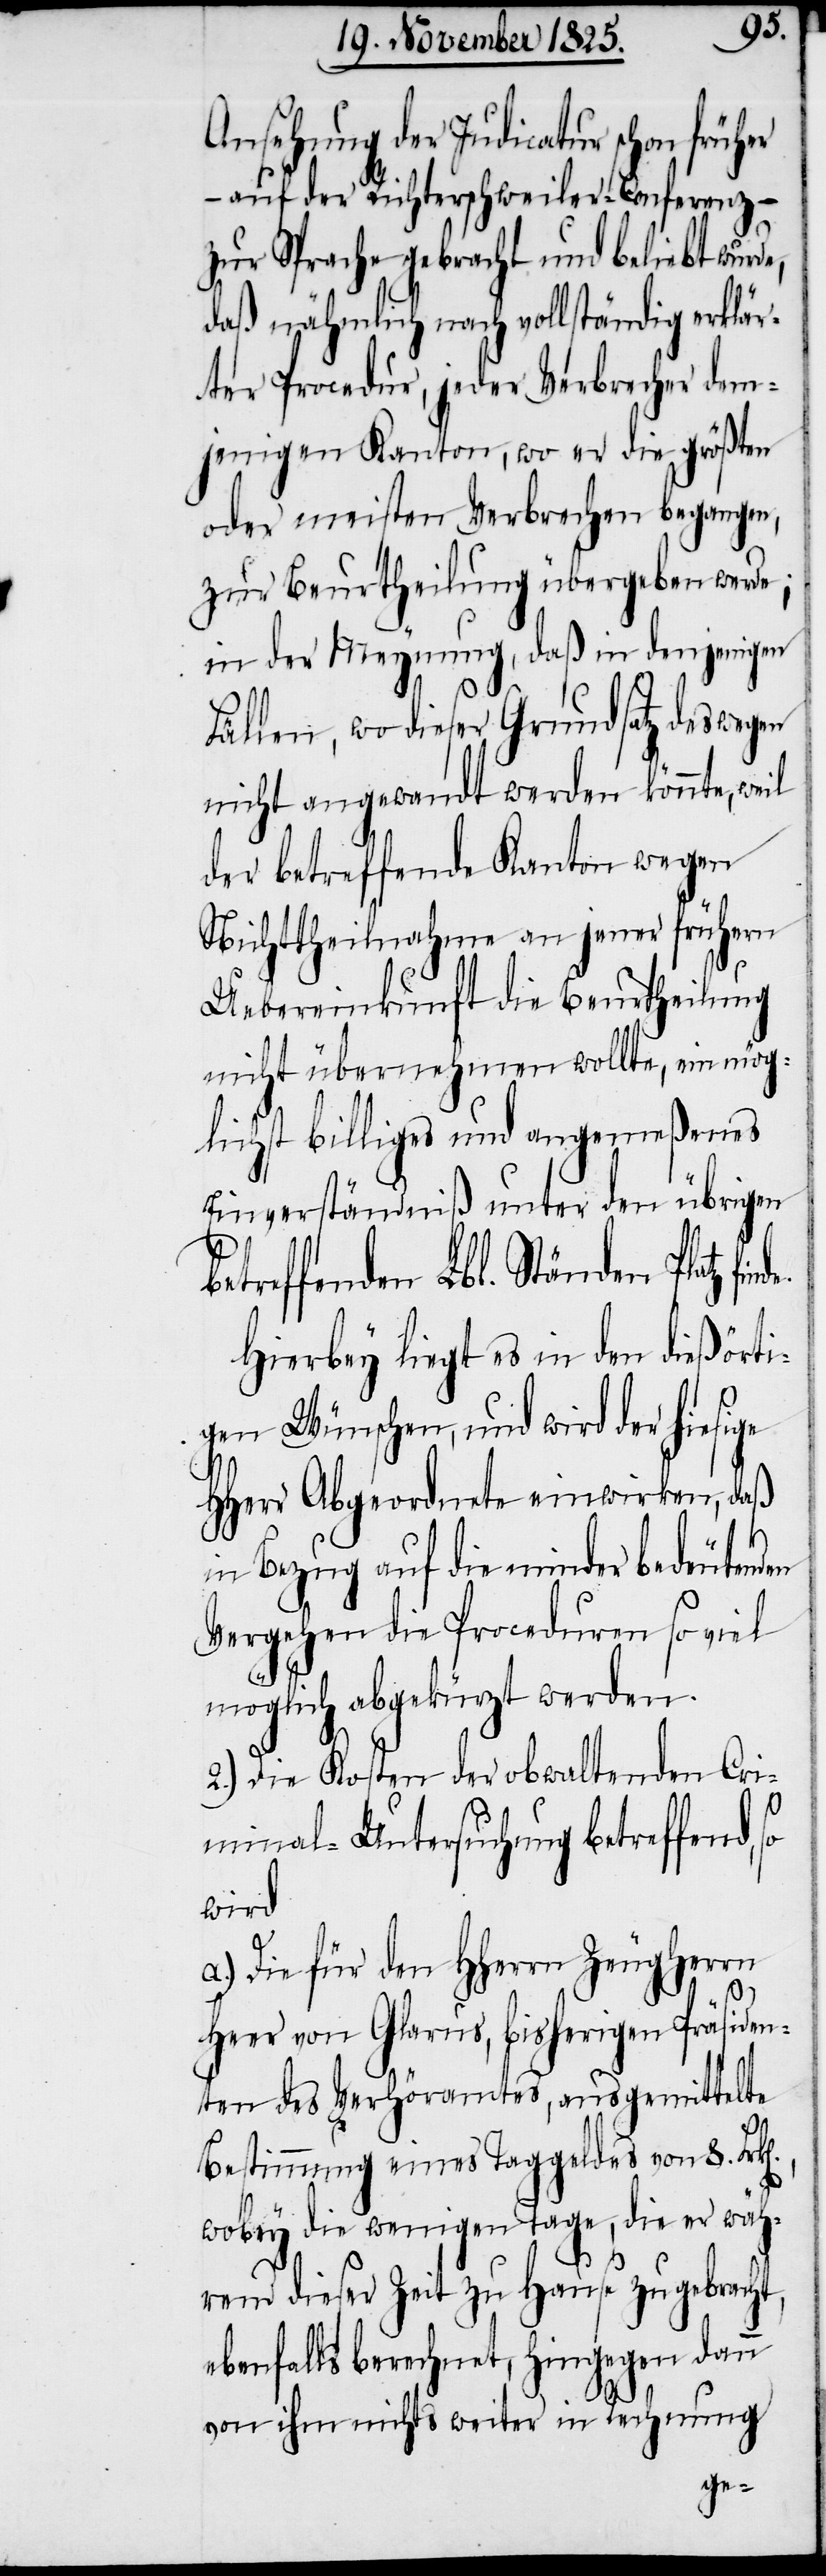
Ansehung der Indicatur schon früher
– auf der Richterschweiler-Conferenz –
zur Sprache gebracht und beliebt wurde,
daß nähmlich nach vollständig erklär¬
ter Procedur, jeder Verbrecher dem¬
jenigen Kanton, wo er die größten
oder meisten Verbrechen begangen,
zur Beurtheilung übergeben werde;
in der Meynung, daß in denjenigen
Fällen, wo dieser Grundsatz deswegen
nicht angewandt werden könnte, weil
der betreffende Kanton wegen
Nichttheilnahme an jener frühern
Uebereinkunft die Beurtheilung
nicht übernehmen wollte, ein mög¬
lichst billiges und angemeßenes
Einverständniß unter den übrigen
betreffenden Lbl. Ständen Platz fin¬
Hierbey liegt es in den dießörti¬
gen Wünschen, und wird der hiesige
HHerr Abgeordnete einwirken, daß
de.
in Bezug auf die minder bedeutenden
Vergehen die Proceduren so viel
möglich abgekürzt werden.
2.) Die Kosten der obwaltenden Cri¬
n].,
minal-Untersuchung betreffend, so
wird
a.) Die für den HHerrn Zeugherrn
Heer von Glarus, bisherigen Präsiden¬
ten des Verhöramtes, ausgemittelte
Bestimmung eines Taggeldes von 8. Frk[e¬
wobey die wenigen Tage, die er wäh¬
rend dieser Zeit zu Hause zu gebracht,
ebenfalls berechnet, hingegen dann
von ihm nichts weiter in Rechnung